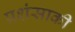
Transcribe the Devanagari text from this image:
प्रशंसाकी